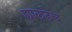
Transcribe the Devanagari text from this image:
ह्याकडेच